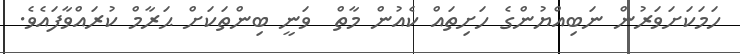
ހަމަކަށަވަރުން ނަބިއްޔުންގެ ހަށިތައް ކެއުން މާތް  ވަނީ ބިންތަކަށް ޙަރާމް ކުރައްވާފައެވެ.